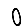
Digit: 0